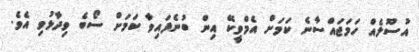
އުސޫލެއް ހަމަޖައްސާނެ ކަމަށް އެމްވީކޭ އިން ބުނެފައިވާ ކަމަށް ސޯބެ ވިދާޅުވި އެވެ.